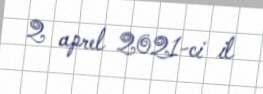
2 aprel 2021-ci il